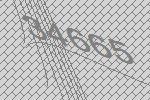
34665